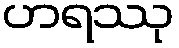
ဟရဿု